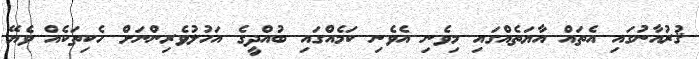
ޤުރުއާނުގައި އެތައް އާޔަތެއްގައި މިވެނި އެވެނި ކަމެއްގައި ބުއްދީގެ އަހުލުވެރިންނަށް ހެކިތަކެއް ވެޔޭ